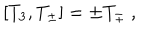
[ T _ { 3 } , T _ { \pm } ] = \pm T _ { \pm } \ ,